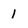
Character: 1